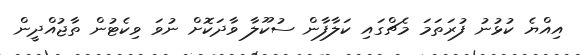
އިއްޔެ ކުޅުނު ފުރަތަމަ މެޗްގައި ކަލާފާން ސުކޫލާ ވާދަކޮށް ނުވަ ވިކެޓުން ތާޖުއްދީން